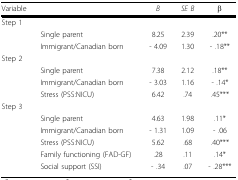
<table><thead><tr><td><b>Variable</b></td><td></td><td><b><i>B</i></b></td><td><b><i>SE B</i></b></td><td><b>β</b></td></tr></thead><tbody><tr><td>Step 1</td><td></td><td></td><td></td><td></td></tr><tr><td></td><td>Single parent</td><td>8.25</td><td>2.39</td><td>.20**</td></tr><tr><td></td><td>Immigrant/Canadian born</td><td>- 4.09</td><td>1.30</td><td>- .18**</td></tr><tr><td>Step 2</td><td></td><td></td><td></td><td></td></tr><tr><td></td><td>Single parent</td><td>7.38</td><td>2.12</td><td>.18**</td></tr><tr><td></td><td>Immigrant/Canadian born</td><td>- 3.03</td><td>1.16</td><td>- .14*</td></tr><tr><td></td><td>Stress (PSS:NICU)</td><td>6.42</td><td>.74</td><td>.45***</td></tr><tr><td>Step 3</td><td></td><td></td><td></td><td></td></tr><tr><td></td><td>Single parent</td><td>4.63</td><td>1.98</td><td>.11*</td></tr><tr><td></td><td>Immigrant/Canadian born</td><td>- 1.31</td><td>1.09</td><td>- .06</td></tr><tr><td></td><td>Stress (PSS:NICU)</td><td>5.62</td><td>.68</td><td>.40***</td></tr><tr><td></td><td>Family functioning (FAD-GF)</td><td>.28</td><td>.11</td><td>.14*</td></tr><tr><td></td><td>Social support (SSI)</td><td>- .34</td><td>.07</td><td>- .28***</td></tr></tbody></table>